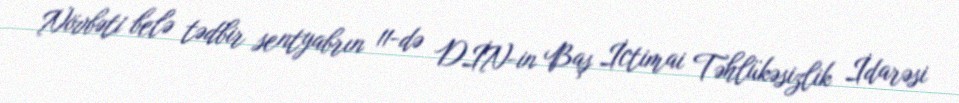
Növbəti belə tədbir sentyabrın 11-də DİN-in Baş İctimai Təhlükəsizlik İdarəsi